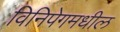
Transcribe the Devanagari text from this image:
विनिपेगमधील